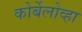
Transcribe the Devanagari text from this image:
कोर्बेलोव्हा